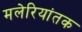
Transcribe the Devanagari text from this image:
मलेरियांतक